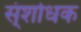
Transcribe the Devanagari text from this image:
स्ंशोधक